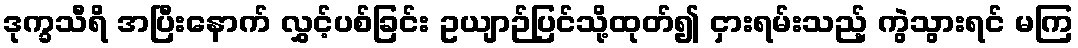
ဒုက္ခသီရိ အပြီးနောက် လွှင့်ပစ်ခြင်း ဥယျာဉ်ပြင်သို့ထုတ်၍ ငှားရမ်းသည့် ကွဲသွားရင် မကြ